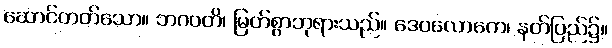
ဆောင်တတ်သော။ ဘဂဝတိ၊ မြတ်စွာဘုရားသည်။ ဒေဝလောကေ၊ နတ်ပြည်၌။